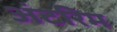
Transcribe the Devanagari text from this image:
अंटरिम